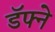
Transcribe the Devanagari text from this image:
डॅफ्ने